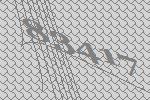
83417